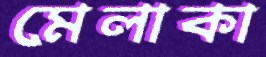
মেলাকা